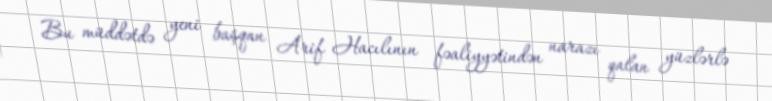
Bu müddətdə yeni başqan Arif Hacılının fəaliyyətindən narazı qalan yüzlərlə